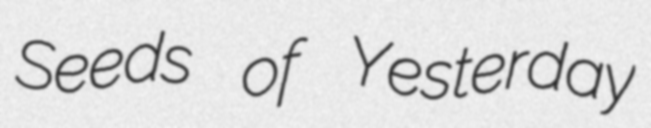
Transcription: Seeds of Yesterday